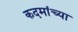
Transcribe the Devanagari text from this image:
कदमांच्या